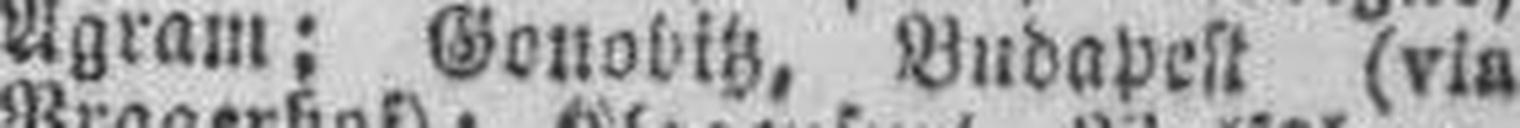
Agram: Gonovitz, Budapest (via